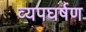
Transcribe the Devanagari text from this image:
व्यपघर्षण